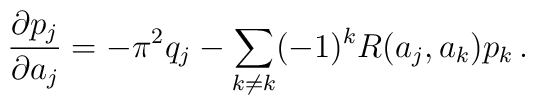
{\partial p_j\over \partial a_j} = -\pi^2 q_j - \sum_{k\neq k} (-1)^kR(a_j,a_k) p_k\, .